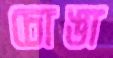
চোঙা